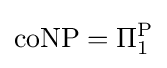
\mathrm {coNP} =\Pi _{1}^{\mathrm {P} }